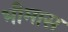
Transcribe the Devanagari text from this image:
भीमास